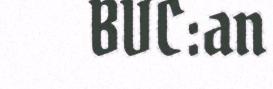
BVC:an